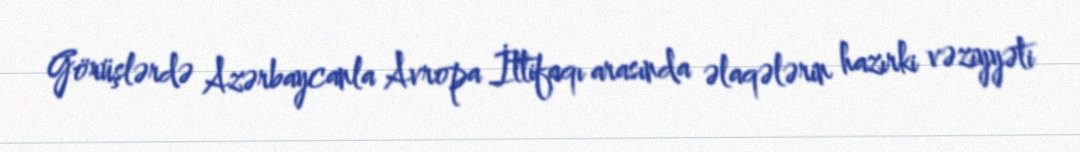
Görüşlərdə Azərbaycanla Avropa İttifaqı arasında əlaqələrin hazırki vəziyyəti